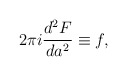
\begin{align*}2\pi i \frac{d^2 F}{da^2} \equiv f,\end{align*}